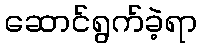
ဆောင်ရွက်ခဲ့ရာ